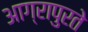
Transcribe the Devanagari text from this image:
आग्रापुरते